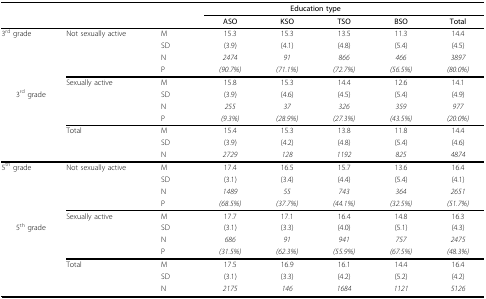
|  |  |  | <COLSPAN=4> Education type |  |
 |  |  |  | ASO | KSO | TSO | BSO | Total |
 | --- | --- | --- | --- | --- | --- | --- | --- |
 | 3rd grade | Not sexually active | M | 15.3 | 15.3 | 13.5 | 11.3 | 14.4 |
 |  |  | SD | (3.9) | (4.1) | (4.8) | (5.4) | (4.5) |
 |  |  | N | 2474 | 91 | 866 | 466 | 3897 |
 |  |  | P | (90.7%) | (71.1%) | (72.7%) | (56.5%) | (80.0%) |
 |  | Sexually active | M | 15.8 | 15.3 | 14.4 | 12.6 | 14.1 |
 | 3rd grade |  | SD | (3.9) | (4.6) | (4.5) | (5.4) | (4.9) |
 |  |  | N | 255 | 37 | 326 | 359 | 977 |
 |  |  | P | (9.3%) | (28.9%) | (27.3%) | (43.5%) | (20.0%) |
 |  | Total | M | 15.4 | 15.3 | 13.8 | 11.8 | 14.4 |
 |  |  | SD | (3.9) | (4.2) | (4.8) | (5.4) | (4.6) |
 |  |  | N | 2729 | 128 | 1192 | 825 | 4874 |
 | 5th grade | Not sexually active | M | 17.4 | 16.5 | 15.7 | 13.6 | 16.4 |
 |  |  | SD | (3.1) | (3.4) | (4.4) | (5.4) | (4.1) |
 |  |  | N | 1489 | 55 | 743 | 364 | 2651 |
 |  |  | P | (68.5%) | (37.7%) | (44.1%) | (32.5%) | (51.7%) |
 |  | Sexually active | M | 17.7 | 17.1 | 16.4 | 14.8 | 16.3 |
 | 5th grade |  | SD | (3.1) | (3.3) | (4.0) | (5.1) | (4.3) |
 |  |  | N | 686 | 91 | 941 | 757 | 2475 |
 |  |  | P | (31.5%) | (62.3%) | (55.9%) | (67.5%) | (48.3%) |
 |  | Total | M | 17.5 | 16.9 | 16.1 | 14.4 | 16.4 |
 |  |  | SD | (3.1) | (3.3) | (4.2) | (5.2) | (4.2) |
 |  |  | N | 2175 | 146 | 1684 | 1121 | 5126 |